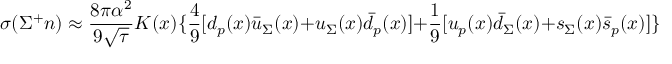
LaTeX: \sigma ( \Sigma ^ { + } n ) \approx \frac { 8 \pi \alpha ^ { 2 } } { 9 \sqrt { \tau } } K ( x ) \{ \frac { 4 } { 9 } [ d _ { p } ( x ) \bar { u } _ { \Sigma } ( x ) + u _ { \Sigma } ( x ) \bar { d } _ { p } ( x ) ] + \frac { 1 } { 9 } [ u _ { p } ( x ) \bar { d } _ { \Sigma } ( x ) + s _ { \Sigma } ( x ) \bar { s } _ { p } ( x ) ] \} ,